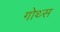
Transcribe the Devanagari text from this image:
गोथ्स